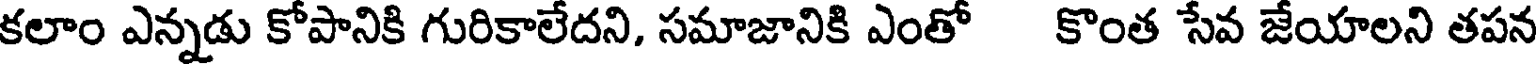
కలాం ఎన్నడు కోపానికి గురికాలేదని, సమాజానికి ఎంతో కొంత సేవ జేయాలని తపన